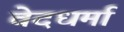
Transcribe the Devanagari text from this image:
वेदधर्मा